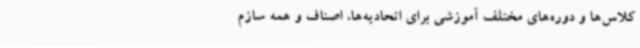
کلاس‌ها و دوره‌های مختلف آموزشی برای اتحادیه‌ها، اصناف و همه سازم